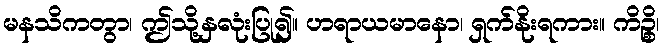
မနသိကတွာ၊ ဤသို့နှလုံးပြု၍။ ဟရာယမာနော၊ ရှက်နိုးရကား။ ကိဉ္စိ၊